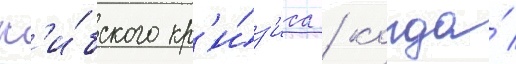
кар'и́бского кр'и́з'иса / когда́